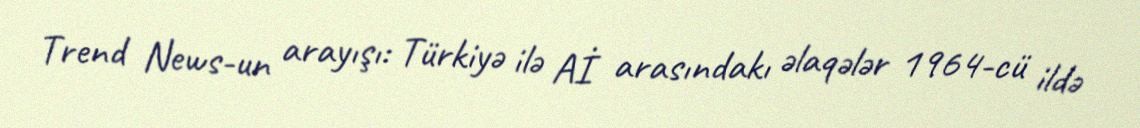
Trend News-un arayışı: Türkiyə ilə Aİ arasındakı əlaqələr 1964-cü ildə